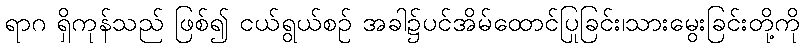
ရာဂ ရှိကုန်သည် ဖြစ်၍ ငယ်ရွယ်စဉ် အခါ၌ပင်အိမ်ထောင်ပြုခြင်း၊သားမွေးခြင်းတို့ကို